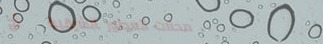
محلات العطور الشرقية   أج